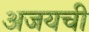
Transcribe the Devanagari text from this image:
अजयची